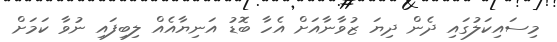
މިސައިކަލުގައި ދެން ދިޔަ ޒުވާނާއަށް އެހާ ބޮޑު އަނިޔާއެއް ލިބިފައި ނުވާ ކަމަށް